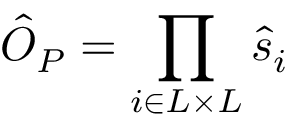
\hat { O } _ { P } = \prod _ { i \in L \times L } \hat { s } _ { i }